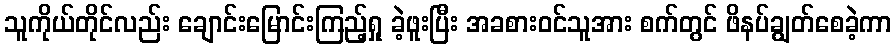
သူကိုယ်တိုင်လည်း ချောင်းမြောင်းကြည့်ရှု ခဲ့ဖူးပြီး အခစားဝင်သူအား စက်တွင် ဖိနပ်ချွတ်စေခဲ့ကာ